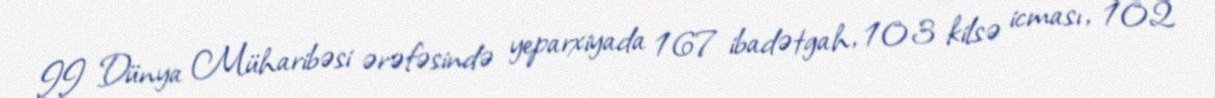
II Dünya Müharibəsi ərəfəsində yeparxiyada 167 ibadətgah, 103 kilsə icması, 102